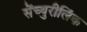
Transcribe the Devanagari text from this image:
सेंच्युरीलिंक